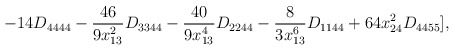
\begin{align*}- 14 D_{4444} - \frac{46}{9 x_{13}^{2}} D_{3344} - \frac{40}{9 x_{13}^{4}} D_{2244} - \frac{8}{3 x_{13}^{6}} D_{1144} + 64 x_{24}^{2}D_{4455}],\end{align*}